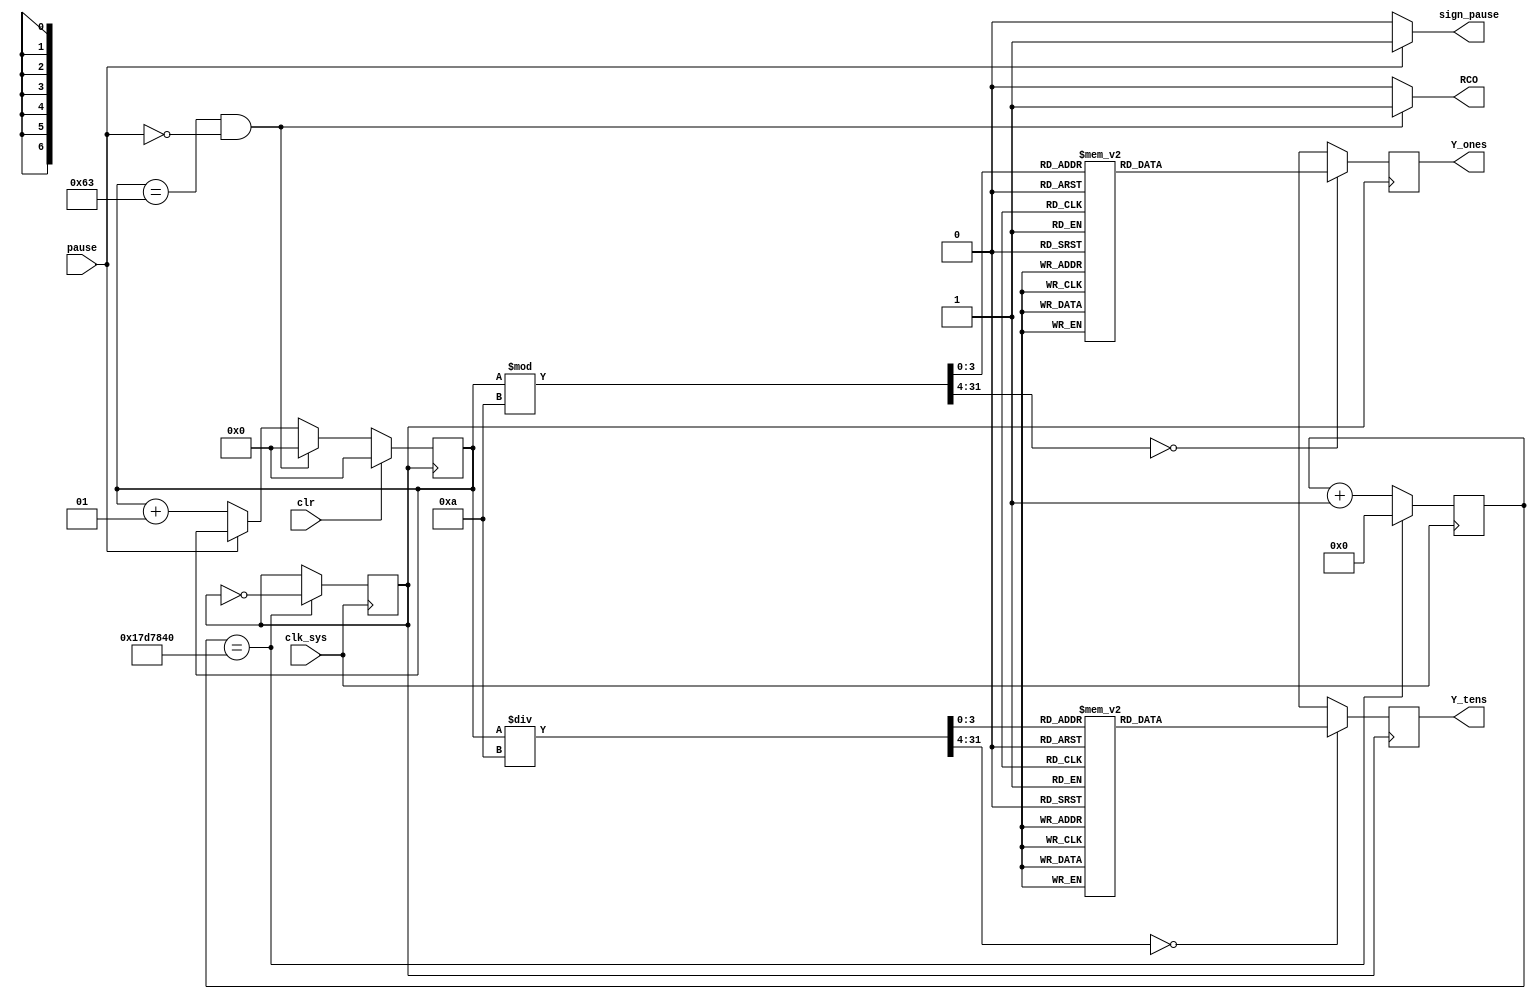
module counter_100(clk_sys, clr, pause, sign_pause, RCO, Y_tens, Y_ones);
	input clk_sys, clr, pause;
	output reg sign_pause, RCO;
	output reg [6:0] Y_tens, Y_ones;
	
	reg clk_1s;
	reg [24:0] count_clk; 
	integer count;
	
	initial begin
		sign_pause = 0;
		RCO = 0;
		Y_tens = 7'b1;
		Y_ones = 7'b1;
		
		clk_1s = 0;
		count_clk = 0;
		count = 0;
	end
	
	always @ (posedge clk_sys)
		if (count_clk == 25'd25000000) begin
			count_clk <= 0;
			clk_1s <= ~clk_1s;
		end else
			count_clk <= count_clk + 1;
	
	always @ (count or pause)
		if (count == 99 && ~pause) RCO = 1;
		else                       RCO = 0;
		
	always @ (pause)
		if (pause) sign_pause = 1;
		else       sign_pause = 0;
		
	always @ (posedge clk_1s) begin
		if (clr)                        count <= 0;
		else if (~pause && count == 99) count <= 0;
		else if (~pause)                count <= count + 1;
		else                            count <= count;
	
		case (count / 10)
			0 : Y_tens <= 7'b1000000;
			1 : Y_tens <= 7'b1111001;
			2 : Y_tens <= 7'b0100100;
			3 : Y_tens <= 7'b0110000;
			4 : Y_tens <= 7'b0011001;
			5 : Y_tens <= 7'b0010010;
			6 : Y_tens <= 7'b0000010;
			7 : Y_tens <= 7'b1111000;
			8 : Y_tens <= 7'b0000000;
			9 : Y_tens <= 7'b0010000;
			default: Y_tens <= 7'bx;
		endcase
		case (count % 10)
			0 : Y_ones <= 7'b1000000;
			1 : Y_ones <= 7'b1111001;
			2 : Y_ones <= 7'b0100100;
			3 : Y_ones <= 7'b0110000;
			4 : Y_ones <= 7'b0011001;
			5 : Y_ones <= 7'b0010010;
			6 : Y_ones <= 7'b0000010;
			7 : Y_ones <= 7'b1111000;
			8 : Y_ones <= 7'b0000000;
			9 : Y_ones <= 7'b0010000;
			default: Y_ones <= 7'bx;
		endcase
	end

endmodule